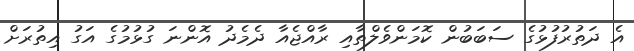
އެ ދަތުރުފުޅުގެ ސަބަބުން ކޮމަންވެލްތާއި ރާއްޖެއާ ދެމެދު އޮންނަ ގުޅުމުގެ އަގު އިތުރަށް